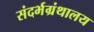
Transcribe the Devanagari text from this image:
संदर्भग्रंथालय